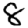
Digit: 8